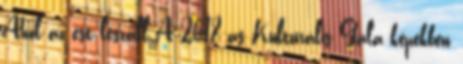
Ahol az est leszáll A 2018-as Kulturális Gála képekben